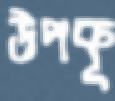
উপকূ